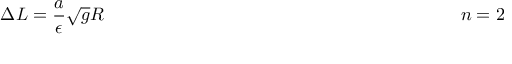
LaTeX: \Delta L = \frac { a } { \epsilon } \sqrt { g } R ~ ~ ~ ~ ~ ~ ~ ~ ~ ~ ~ ~ ~ ~ ~ ~ ~ ~ ~ ~ ~ ~ ~ ~ ~ ~ ~ ~ ~ ~ ~ ~ ~ ~ ~ ~ ~ ~ ~ ~ ~ ~ ~ ~ ~ ~ ~ ~ ~ ~ ~ ~ ~ ~ ~ ~ ~ ~ ~ n = 2